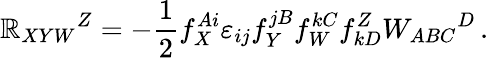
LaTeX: \mathbb{R}_{XYW}{}^{Z}=-\frac{1}{2}f_{X}^{Ai}\varepsilon_{ij}f_{Y}^{jB}f_{W}^{kC}f_{kD}^{Z}W_{ABC}{}^{D}\, .